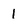
Character: 1